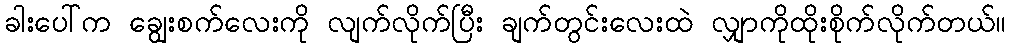
ခါးပေါ်က ချွေးစက်လေးကို လျက်လိုက်ပြီး ချက်တွင်းလေးထဲ လျှာကိုထိုးစိုက်လိုက်တယ်။